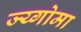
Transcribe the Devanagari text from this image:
ज्य्गोमा